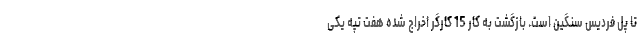
تا پل فردیس سنگین است. بازگشت به کار 15 کارگر اخراج شده هفت تپه یکی